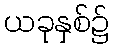
ယခုနှစ်၌